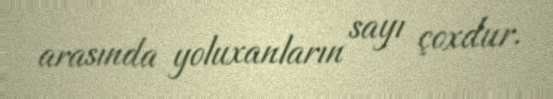
arasında yoluxanların sayı çoxdur.